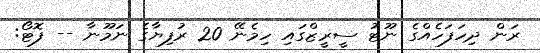
ރަން ދިހަފަހެއްގެ ނޫޓު ސީރީޒްގައި ހިމެނޭ 20 ރުފިޔާގެ ނަމޫނާ -- ފޮޓޯ: